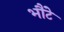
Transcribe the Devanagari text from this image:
भौंटे